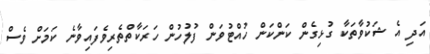
އަދި އެ ޝަކުވާތަކާ ގުޅިގެން ކަންކަން ހުއްޓުވަން ފުލުހުން ހަރަކާތްތެރިވެފައިވާނެ ކަމަށް ވެސް